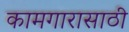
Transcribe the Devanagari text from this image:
कामगारासाठी